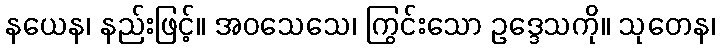
နယေန၊ နည်းဖြင့်။ အဝသေသေ၊ ကြွင်းသော ဥဒ္ဒေသကို။ သုတေန၊